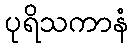
ပုရိသကာနံ